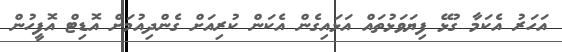
އަހަރު އެކަމާ ގުޅޭ ފިޔަވަޅުތައް އަޅައިގެން އެކަން ކުރިއަށް ގެންދިއުމަށް އޮޑިޓް އޮފީހުން